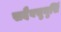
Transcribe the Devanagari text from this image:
सदैवसुमुखिं